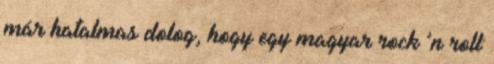
már hatalmas dolog, hogy egy magyar rock ’n roll